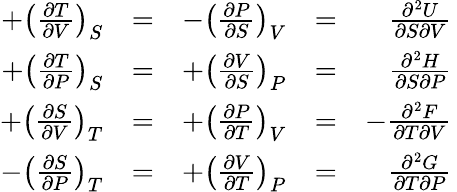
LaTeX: {\begin{array}{rlrlr}{+\left({\frac{\partial T}{\partial V}}\right)_{S}}&{=}&{-\left({\frac{\partial P}{\partial S}}\right)_{V}}&{=}&{{\frac{\partial^{2}U}{\partial S\partial V}}}\\ {+\left({\frac{\partial T}{\partial P}}\right)_{S}}&{=}&{+\left({\frac{\partial V}{\partial S}}\right)_{P}}&{=}&{{\frac{\partial^{2}H}{\partial S\partial P}}}\\ {+\left({\frac{\partial S}{\partial V}}\right)_{T}}&{=}&{+\left({\frac{\partial P}{\partial T}}\right)_{V}}&{=}&{-{\frac{\partial^{2}F}{\partial T\partial V}}}\\ {-\left({\frac{\partial S}{\partial P}}\right)_{T}}&{=}&{+\left({\frac{\partial V}{\partial T}}\right)_{P}}&{=}&{{\frac{\partial^{2}G}{\partial T\partial P}}}\end{array}}\,